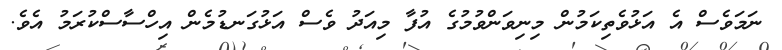
ނަމަވެސް އެ އަޅުވެތިކަމުން މިނިވަންވުމުގެ އުފާ މިއަދު ވެސް އަޅުގަނޑުމެން އިހްސާސްކުރަމު އެވެ.